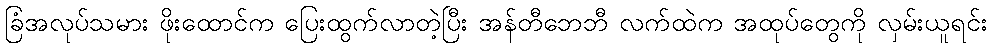
ခြံအလုပ်သမား ဖိုးထောင်က ပြေးထွက်လာတဲ့ပြီး အန်တီဘေဘီ လက်ထဲက အထုပ်တွေကို လှမ်းယူရင်း